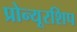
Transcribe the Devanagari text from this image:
प्रोन्‍यूरशिप